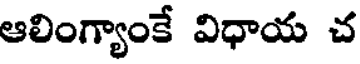
ఆలింగ్యాంకే విధాయ చ